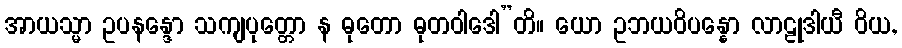
အာယသ္မာ ဥပနန္ဒော သကျပုတ္တော န ဓုတော ဓုတဝါဒေါ”တိ။ ယော ဥဘယဝိပန္နော လာဠုဒါယီ ဝိယ,